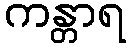
ကန္တာရ